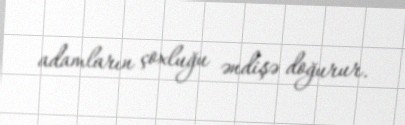
adamların çoxluğu əndişə doğurur.